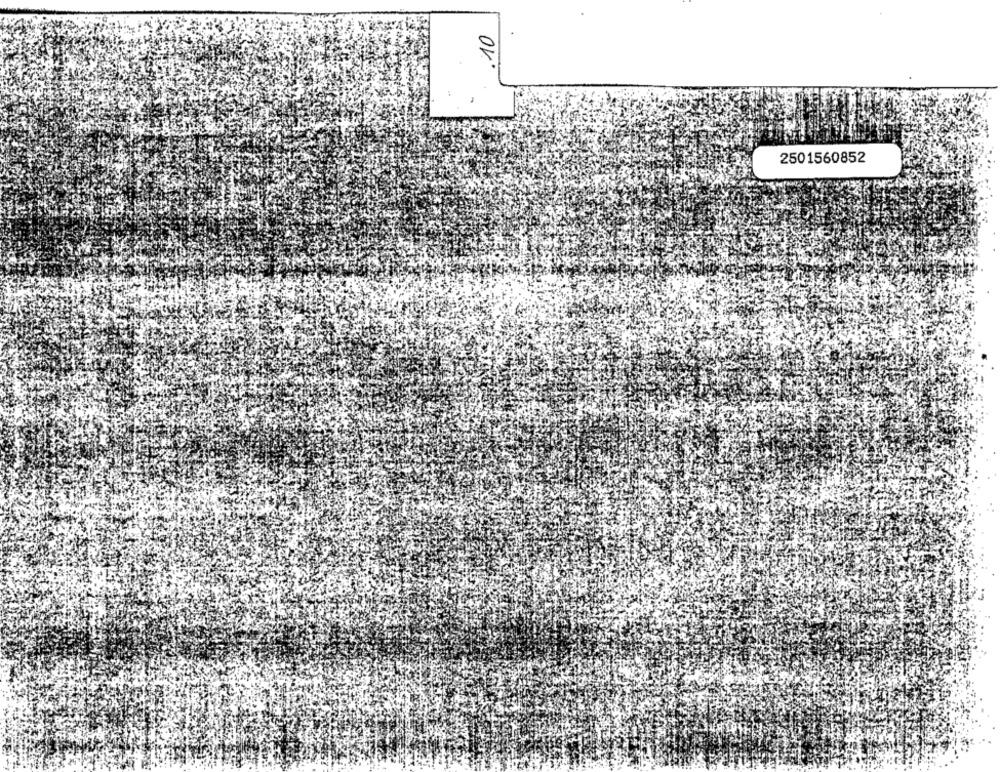
10
2501560852